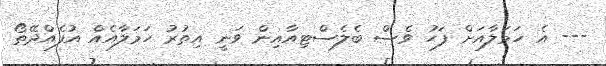
--- އެ ހަމަލާއަށް ފަހު ވެސް ބެލެސްޓިއާއިން ވަނީ އިތުރު ހަމަލާއެއް އުފެއްދޭތޯ